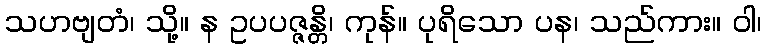
သဟဗျတံ၊ သို့။ န ဥပပဇ္ဇန္တိ၊ ကုန်။ ပုရိသော ပန၊ သည်ကား။ ဝါ၊